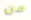
من